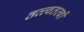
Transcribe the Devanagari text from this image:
तत्त्वतत्वों